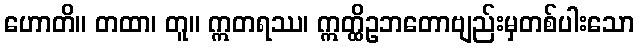
ဟောတိ။ တထာ၊ တူ။ ဣတရဿ၊ ဣတ္ထိဥဘတောဗျည်းမှတစ်ပါးသော